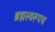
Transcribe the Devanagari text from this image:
ब्रह्मस्वरूपच